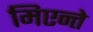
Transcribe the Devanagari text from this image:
मिएन्ते